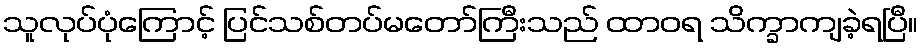
သူလုပ်ပုံကြောင့် ပြင်သစ်တပ်မတော်ကြီးသည် ထာဝရ သိက္ခာကျခဲ့ရပြီ။